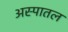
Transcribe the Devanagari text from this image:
अस्पातल